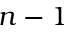
n - 1